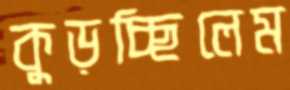
কুড়চ্ছিলেম